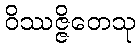
ဝိဿဇ္ဇိတေသု